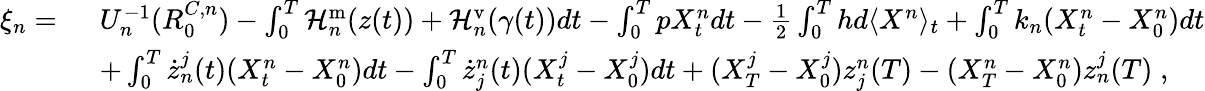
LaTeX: \begin{array}{rl}{\xi_{n}=~}&{U_{n}^{-1}(R_{0}^{C,n})-\int_{0}^{T}\mathcal{H}_{n}^{\mathrm{m}}(z(t))+\mathcal{H}_{n}^{\mathrm{v}}(\gamma(t))dt-\int_{0}^{T}pX_{t}^{n}dt-\frac 12\int_{0}^{T}hd\langle X^{n}\rangle_{t}+\int_{0}^{T}k_{n}(X_{t}^{n}-X_{0}^{n})dt}\\ &{+\int_{0}^{T}\dot{z}_{n}^{j}(t)(X_{t}^{n}-X_{0}^{n})dt-\int_{0}^{T}\dot{z}_{j}^{n}(t)(X_{t}^{j}-X_{0}^{j})dt+(X_{T}^{j}-X_{0}^{j})z_{j}^{n}(T)-(X_{T}^{n}-X_{0}^{n})z_{n}^{j}(T)\; ,}\end{array}